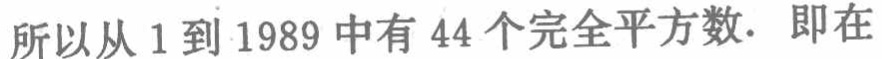
所以从 1 到 1989 中有 44 个完全平方数. 即在